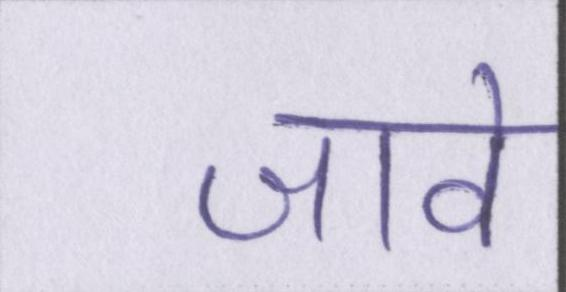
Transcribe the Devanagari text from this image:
जावे